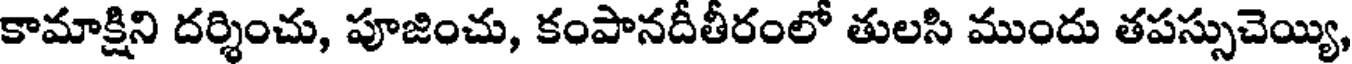
కామాక్షిని దర్శించు, పూజించు, కంపానదీతీరంలో తులసి ముందు తపస్సుచెయ్యి